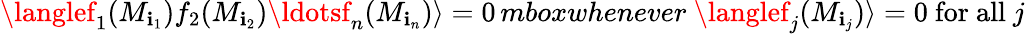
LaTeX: \langlef_{1}(M_{\mathbf{i}_{1}})f_{2}(M_{\mathbf{i}_{2}})\ldotsf_{n}(M_{\mathbf{i}_{n}})\rangle=0\, mbox{whenever}\ \langlef_{j}(M_{\mathbf{i}_{j}})\rangle=0\ \mathrm{{for~all}}\ j